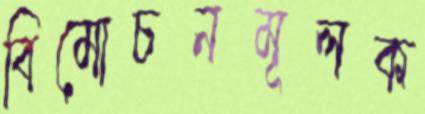
বিমোচনমূলক